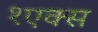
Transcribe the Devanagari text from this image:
१एक्स